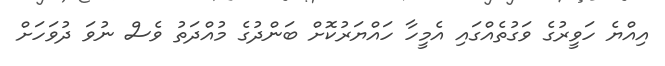
އިއްޔެ ހަވީރުގެ ވަގުތެއްގައި އެމީހާ ހައްޔަރުކޮށް ބަންދުގެ މުއްދަތު ވެސް ނުވަ ދުވަހަށް